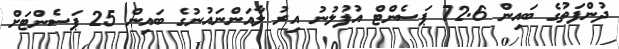
ދުންފަތުގެ ބައިން 72.6 ޕަސެންޓް އުފުލުނު އިރު ލާއަންނައުނުގެ ބައިން 25 ޕަސެންޓަށް